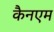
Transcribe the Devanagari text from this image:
कैनएम